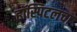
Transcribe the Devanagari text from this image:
हॉस्पिटलचा